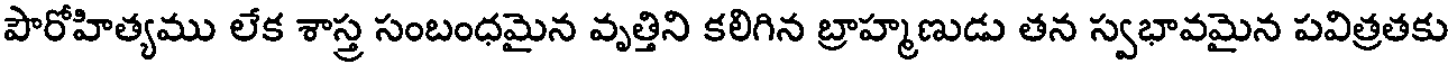
పౌరోహిత్యము లేక శాస్త్ర సంబంధమైన వృత్తిని కలిగిన బ్రాహ్మణుడు తన స్వభావమైన పవిత్రతకు